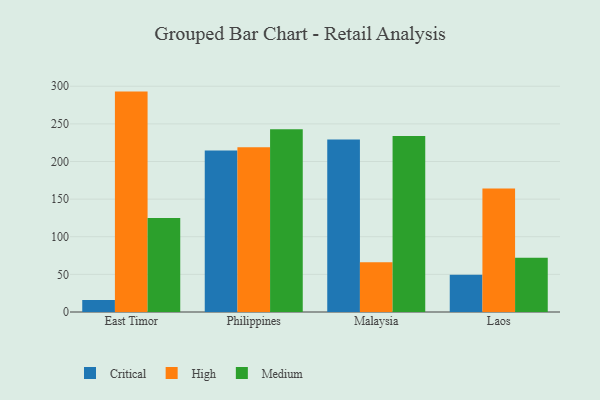
{"axis": {"x": "Country", "y": "Tickets Resolved"}, "legend": ["Critical", "High", "Medium"], "data": [{"x": "East Timor", "y": 15.8, "type": "Critical"}, {"x": "East Timor", "y": 292.9, "type": "High"}, {"x": "East Timor", "y": 124.9, "type": "Medium"}, {"x": "Philippines", "y": 214.7, "type": "Critical"}, {"x": "Philippines", "y": 218.8, "type": "High"}, {"x": "Philippines", "y": 242.9, "type": "Medium"}, {"x": "Malaysia", "y": 229.2, "type": "Critical"}, {"x": "Malaysia", "y": 66.2, "type": "High"}, {"x": "Malaysia", "y": 234.0, "type": "Medium"}, {"x": "Laos", "y": 49.5, "type": "Critical"}, {"x": "Laos", "y": 164.1, "type": "High"}, {"x": "Laos", "y": 72.0, "type": "Medium"}]}